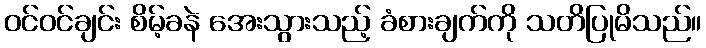
ဝင်ဝင်ချင်း စိမ့်ခနဲ အေးသွားသည့် ခံစားချက်ကို သတိပြုမိသည်။